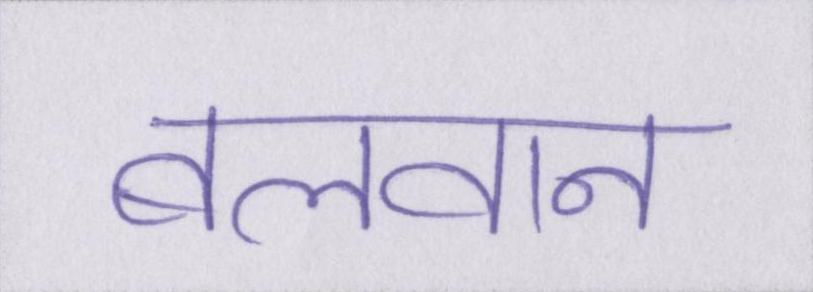
बलवान